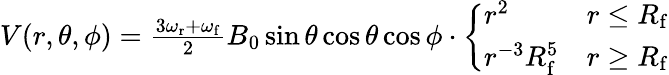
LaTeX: \begin{array}{r}{V(r,\theta,\phi)=\frac{3\omega_{\mathrm{r}}+\omega_{\mathrm{f}}}{2}B_{0}\sin\theta\cos\theta\cos\phi\cdot\left\{ \begin{array}{ll}{r^{2}}&{r\leq R_{\mathrm{f}}}\\ {r^{-3}R_{\mathrm{f}}^{5}}&{r\geq R_{\mathrm{f}}}\end{array}\right.}\end{array}